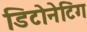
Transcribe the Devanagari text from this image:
डिटोनेटिंग